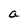
Character: a